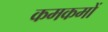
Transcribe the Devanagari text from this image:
कमकमों